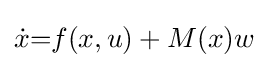
{\dot {x}}{=}f(x,u)+M(x)w